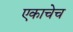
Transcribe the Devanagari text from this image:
एकाचेच